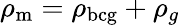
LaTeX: \rho_{\mathrm{m}}=\rho_{\mathrm{bcg}}+\rho_{g}